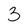
Character: 3